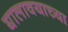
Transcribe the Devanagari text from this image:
घालावयाच्या